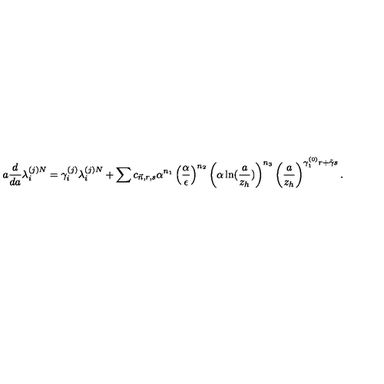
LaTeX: a \frac { d } { d a } \lambda _ { i } ^ { ( j ) N } = \gamma _ { i } ^ { ( j ) } \lambda _ { i } ^ { ( j ) N } + \sum c _ { \vec { n } , r , s } \alpha ^ { n _ { 1 } } \left( \frac { \alpha } { \epsilon } \right) ^ { n _ { 2 } } \left( \alpha \ln ( \frac { a } { z _ { h } } ) \right) ^ { n _ { 3 } } \left( \frac { a } { z _ { h } } \right) ^ { \gamma _ { 1 } ^ { ( 0 ) } r + \tilde { \gamma } s } .